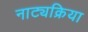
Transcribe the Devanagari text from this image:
नाट्यक्रिया